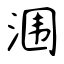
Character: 涠